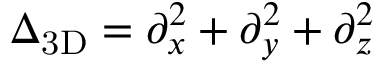
\Delta _ { \mathrm { 3 D } } = \partial _ { x } ^ { 2 } + \partial _ { y } ^ { 2 } + \partial _ { z } ^ { 2 }